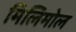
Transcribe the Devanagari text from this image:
मिलिमोल